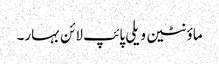
ماؤنٹین ویلی پائپ لائن بہار۔